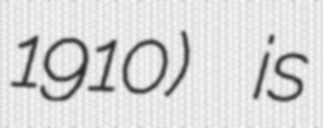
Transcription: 1910) is